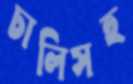
চালিসহ